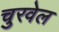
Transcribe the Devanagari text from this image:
चुरवेल